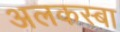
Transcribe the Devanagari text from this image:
अलकस्बा